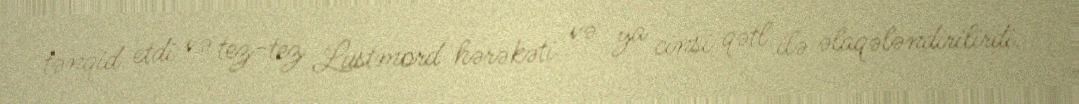
tənqid etdi və tez-tez Lustmord hərəkəti və ya cinsi qətl ilə əlaqələndirilirdi.